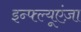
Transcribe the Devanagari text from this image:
इन्फ्ल्यूएंज़ा